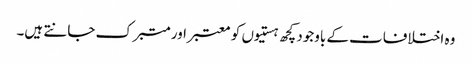
وہ اختلافات کے باوجود کچھ ہستیوں کو معتبر اور متبرک جانتے ہیں۔